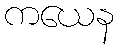
ကယေန